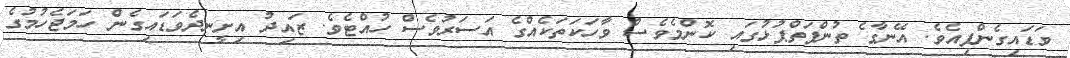
ވަޑައިގެންފިއެވެ. އޭނާގެ ތުންފަތްޕުޅުގައި ކޮންމެވެސް ވާހަކަތަކެއްގެ އަސަރުވެސް ހުއްޓެވެ. ޒައިދު އިށީނދެވަޑައިގެން ހަމަޖެހުމުގެ